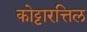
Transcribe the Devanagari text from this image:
कोट्टारत्तिल